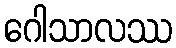
ဂေါသာလဿ